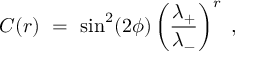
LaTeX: C ( r ) \ = \ \sin ^ { 2 } ( 2 \phi ) \left( \frac { \lambda _ { + } } { \lambda _ { - } } \right) ^ { r } \ ,